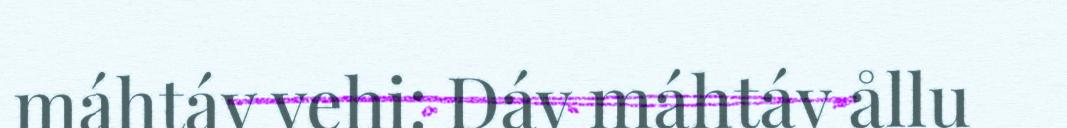
máhtáv vehi: Dáv máhtáv ållu